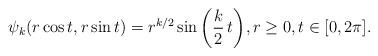
LaTeX: \begin{align*} \psi_k(r\cos t,r\sin t)= r^{k/2} \sin \bigg(\frac{k}{2}\,t\bigg), r\geq0,t\in[0,2\pi].\end{align*}